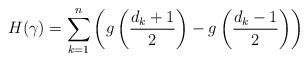
LaTeX: \begin{align*}H(\gamma)=\sum_{k=1}^n \left(g\left(\frac{d_k+1}{2}\right)-g\left(\frac{d_k-1}{2}\right)\right)\end{align*}